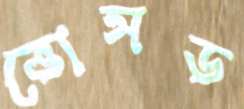
ভোসড